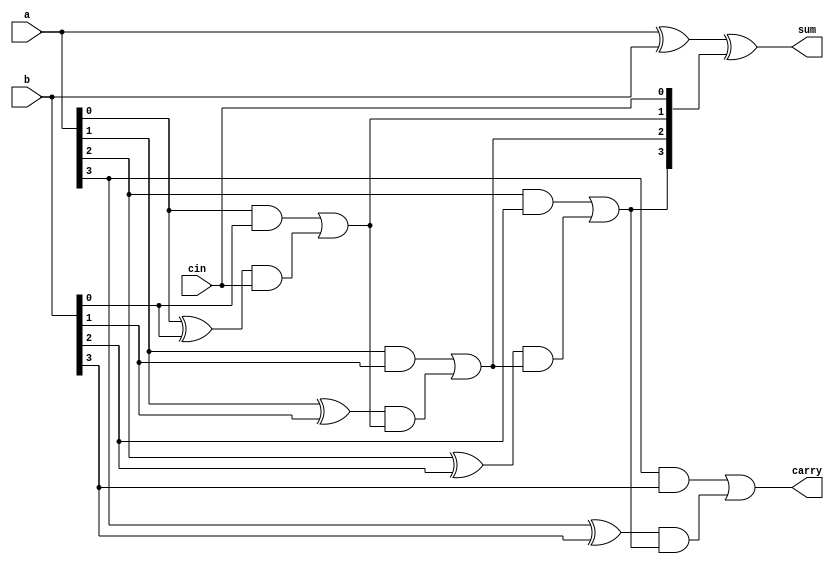
module cla(a,b,cin,sum,carry);
	//port direction
	
	//input port
	input [3:0]a;
	input [3:0]b;
	input cin;
	
	//output port
	output [3:0]sum;
	output carry;
	
	//wire
  wire [3:0]ci;
  
	//data flow modeling
  assign ci[0] = cin;
  assign ci[1] = (a[0] & b[0]) | ((a[0]^b[0]) & ci[0]);
  //assign ci[2] = (a[1] & b[1]) | ((a[1]^b[1]) & ci[1]); expands to
  assign ci[2] = (a[1] & b[1]) | ((a[1]^b[1]) & ((a[0] & b[0]) | ((a[0]^b[0]) & ci[0])));
  //assign ci[3] = (a[2] & b[2]) | ((a[2]^b[2]) & ci[2]); expands to
  assign ci[3] = (a[2] & b[2]) | ((a[2]^b[2]) & ((a[1] & b[1]) | ((a[1]^b[1]) & ((a[0] & b[0]) | ((a[0]^b[0]) & ci[0])))));
  //assign carry  = (a[3] & b[3]) | ((a[3]^b[3]) & ci[3]); expands to
  assign carry  = (a[3] & b[3]) | ((a[3]^b[3]) & ((a[2] & b[2]) | ((a[2]^b[2]) & ((a[1] & b[1]) | ((a[1]^b[1]) & ((a[0] & b[0]) | ((a[0]^b[0]) & ci[0])))))));
	
	//sum
  assign sum = a^b^ci;
endmodule